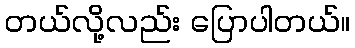
တယ်လို့လည်း ပြောပါတယ်။